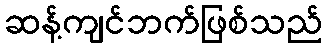
ဆန့်ကျင်ဘက်ဖြစ်သည်